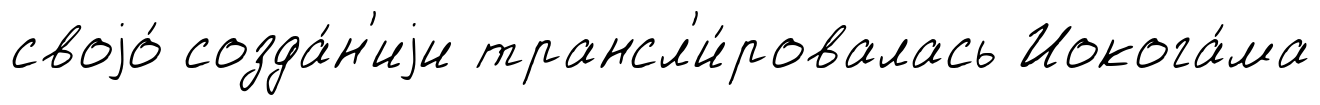
своjо́ созда́н'иjи трансл'и́ровалась Иокога́ма